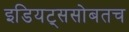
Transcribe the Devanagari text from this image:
इडियट्ससोबतच